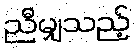
ညီမျှသည့်